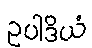
ဥပါဒိယံ